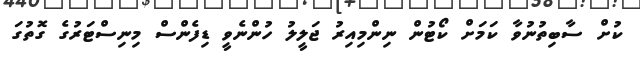
ކުށް ސާބިތުނުވާ ކަމަށް ކޯޓުން ނިންމިއިރު ޖަލީލު ހުންނެވީ ޑިފެންސް މިނިސްޓަރުގެ ގޮތުގަ